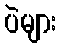
ပဲများ